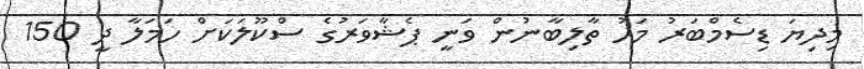
މިިދިޔަ ޑިސެމްބަރު މަހު ތާލިބާނުން ވަނީ ޕެޝާވަރުގެ ސްކޫލަކަށް ހަމަލާ ދީ 150